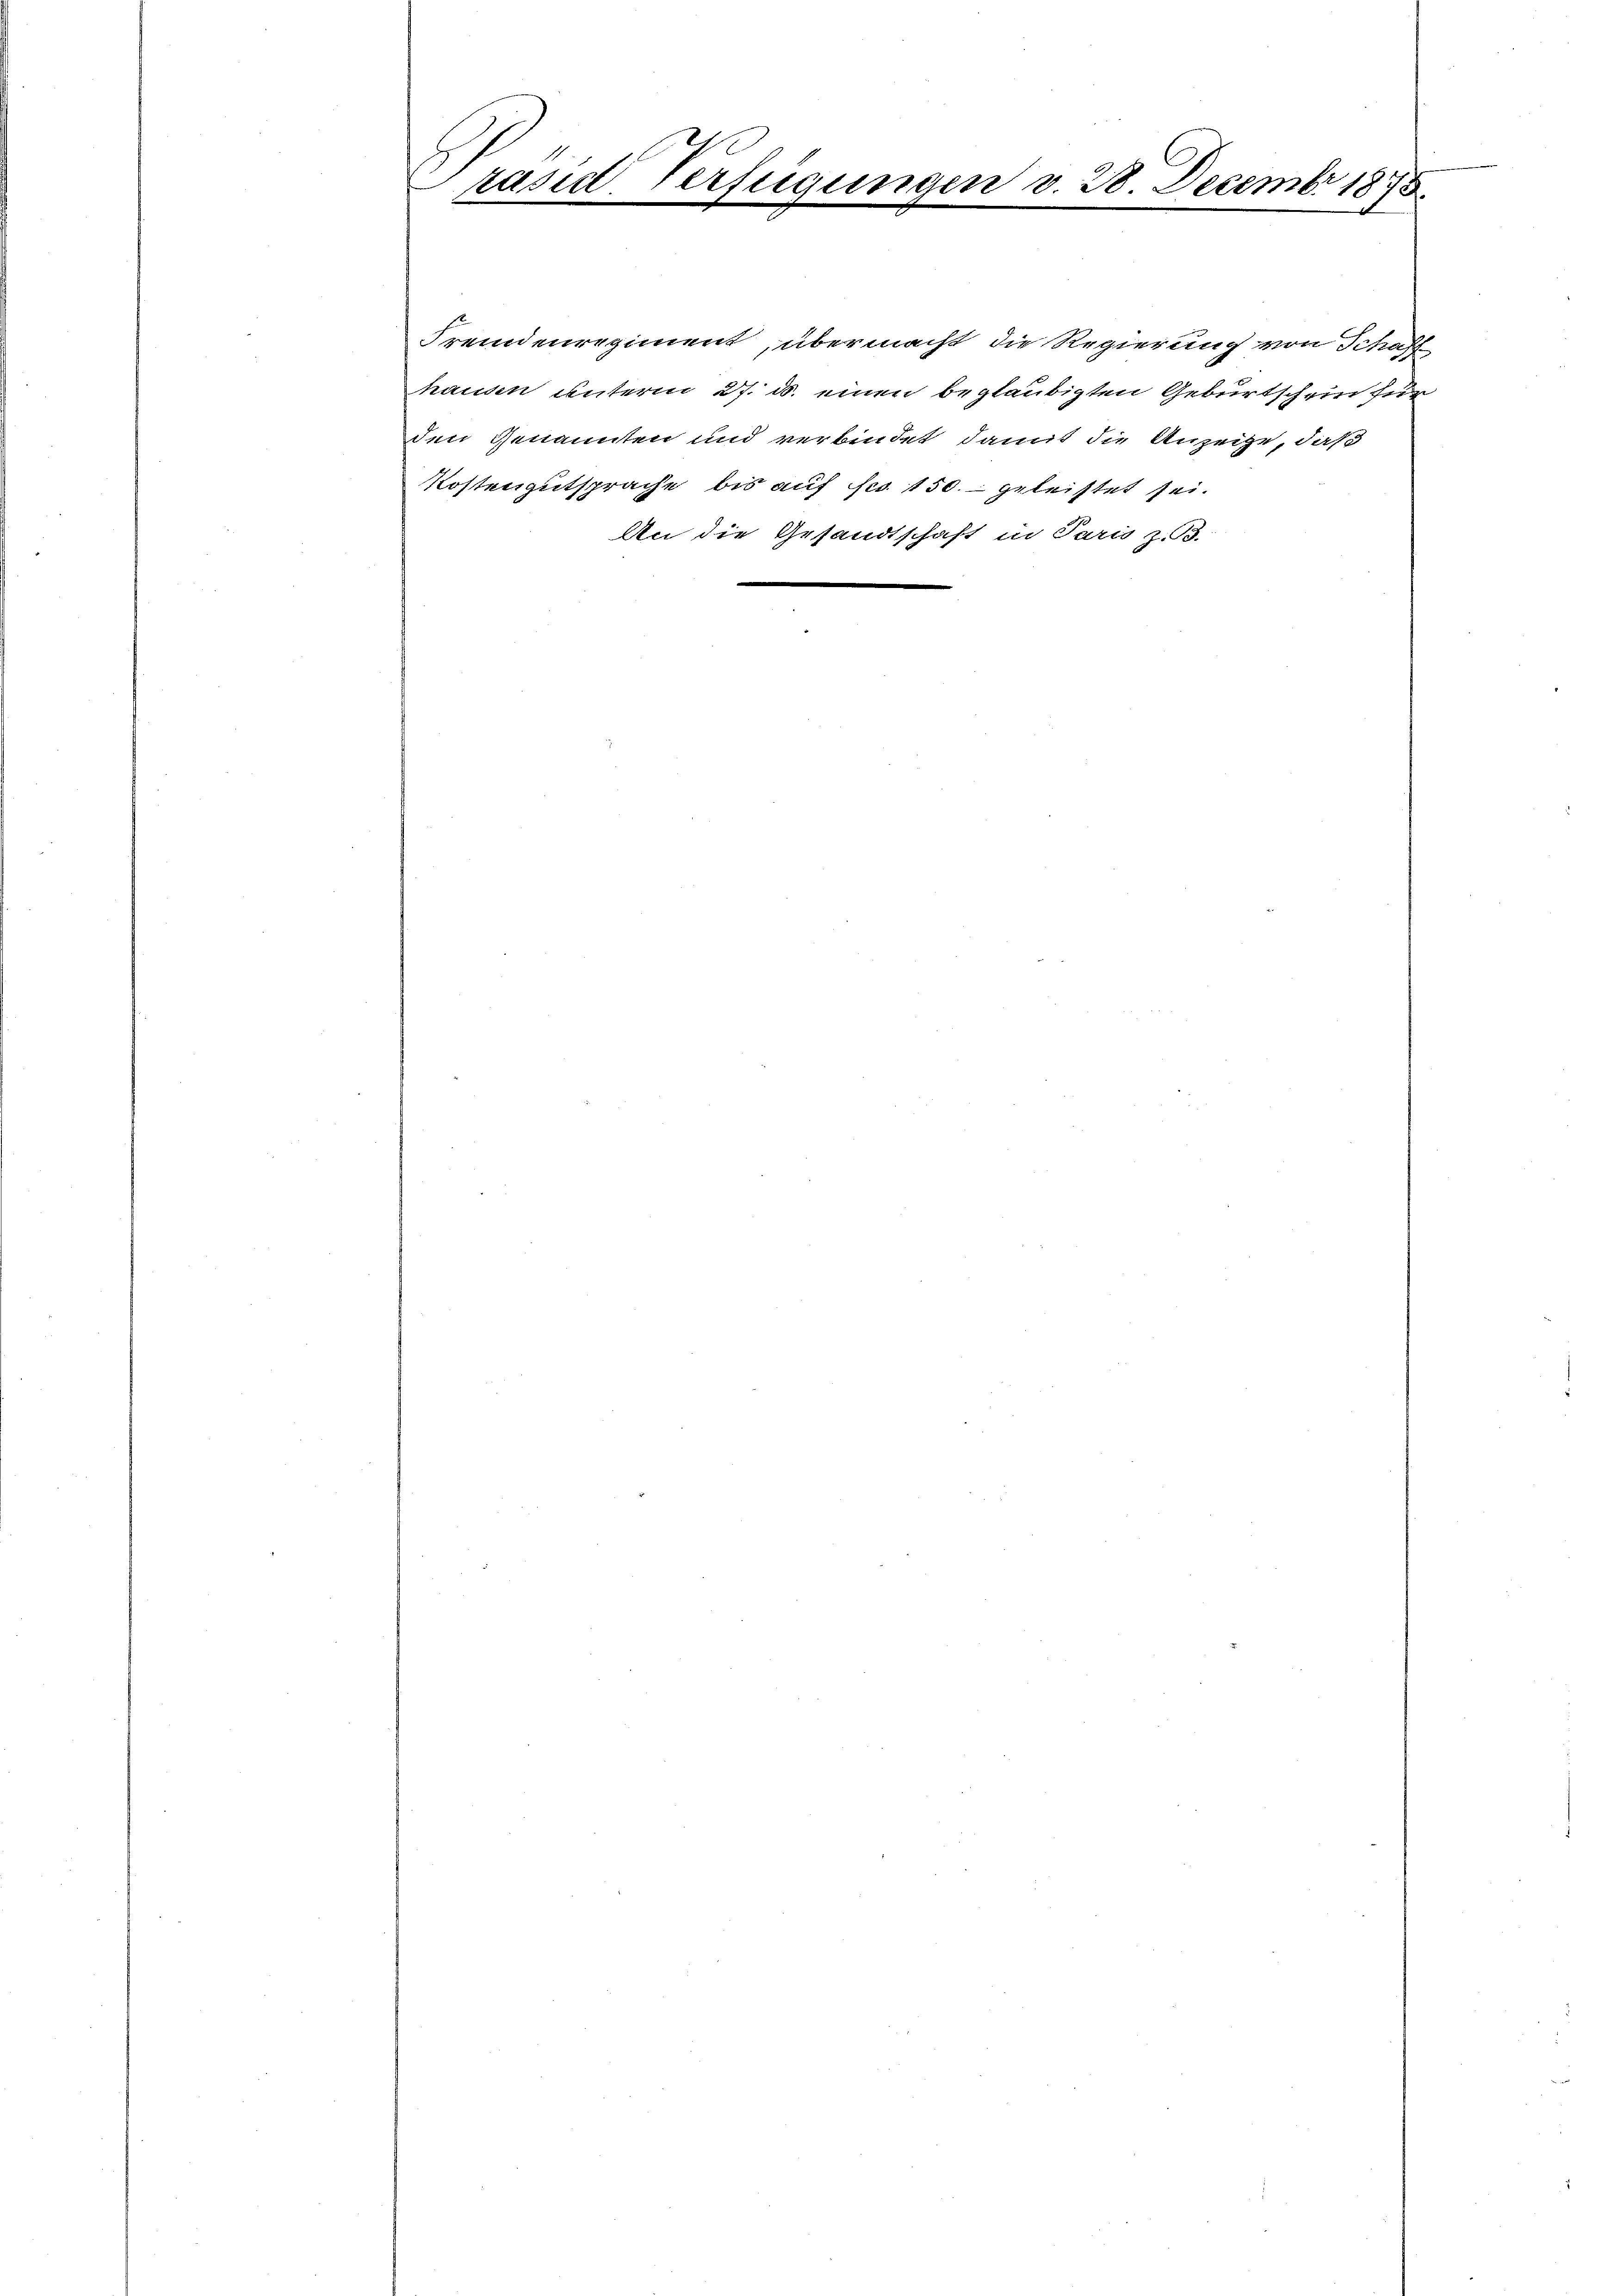
Verfügung
päsid
.
x

d v. 28. Decembr 1878.

Fremdenregiment, übermacht die Regierung von Schaff
hausen unterm 27. d. einen begläubigten Geburtschein für
den Genannten und verbindet, damit die Anzeige, daß
Kostengutsprache bis auf es 150. geleistet sei.
An die Gesandtschaft in Paris z. B.